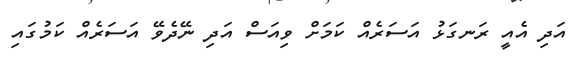
އަދި އެއީ ރަނގަޅު އަސަރެއް ކަމަށް ވިއަސް އަދި ނޭދެވޭ އަސަރެއް ކަމުގައި